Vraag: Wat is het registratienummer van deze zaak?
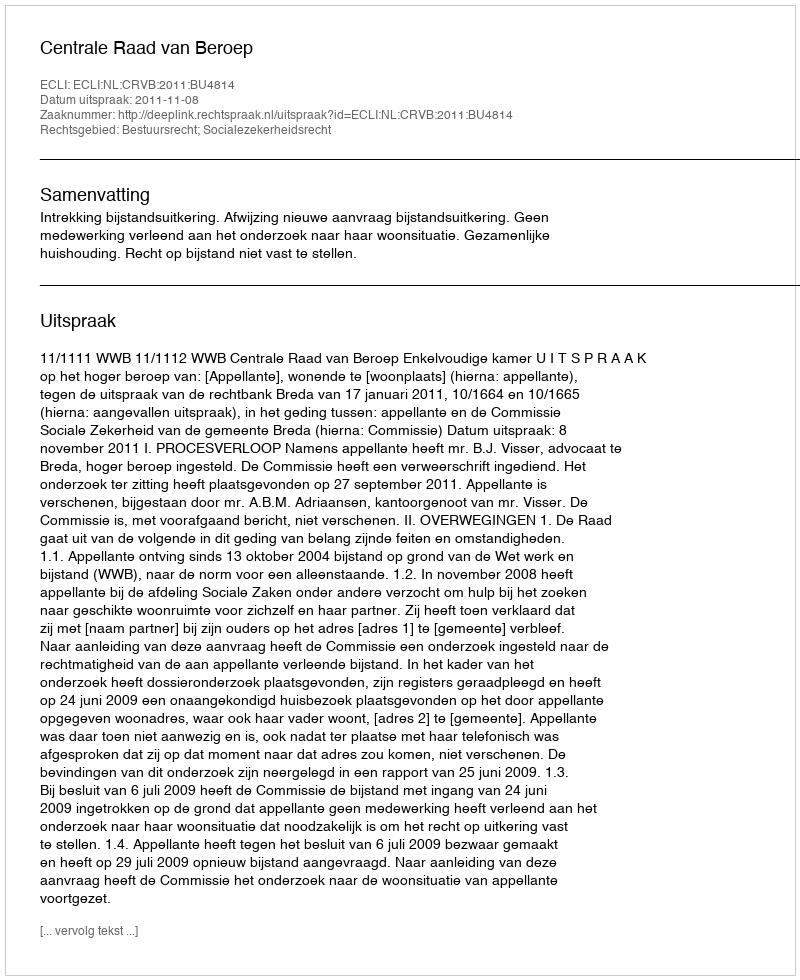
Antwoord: http://deeplink.rechtspraak.nl/uitspraak?id=ECLI:NL:CRVB:2011:BU4814